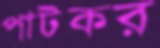
পাটকর